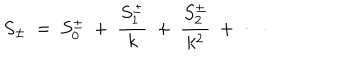
S _ { \pm } ~ = ~ S _ { 0 } ^ { \pm } ~ + ~ \frac { S _ { 1 } ^ { \pm } } { k } ~ + ~ \frac { S _ { 2 } ^ { \pm } } { k ^ { 2 } } ~ + ~ \cdots